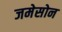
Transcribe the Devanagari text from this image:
जमेसोन